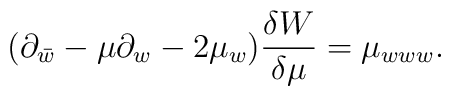
(\partial_{\bar{w}}-\mu\partial_w-2\mu_w){\delta W\over\delta\mu}=\mu_{www}.